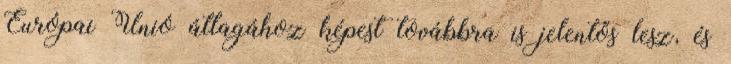
Európai Unió átlagához képest továbbra is jelentős lesz, és